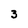
Character: 3